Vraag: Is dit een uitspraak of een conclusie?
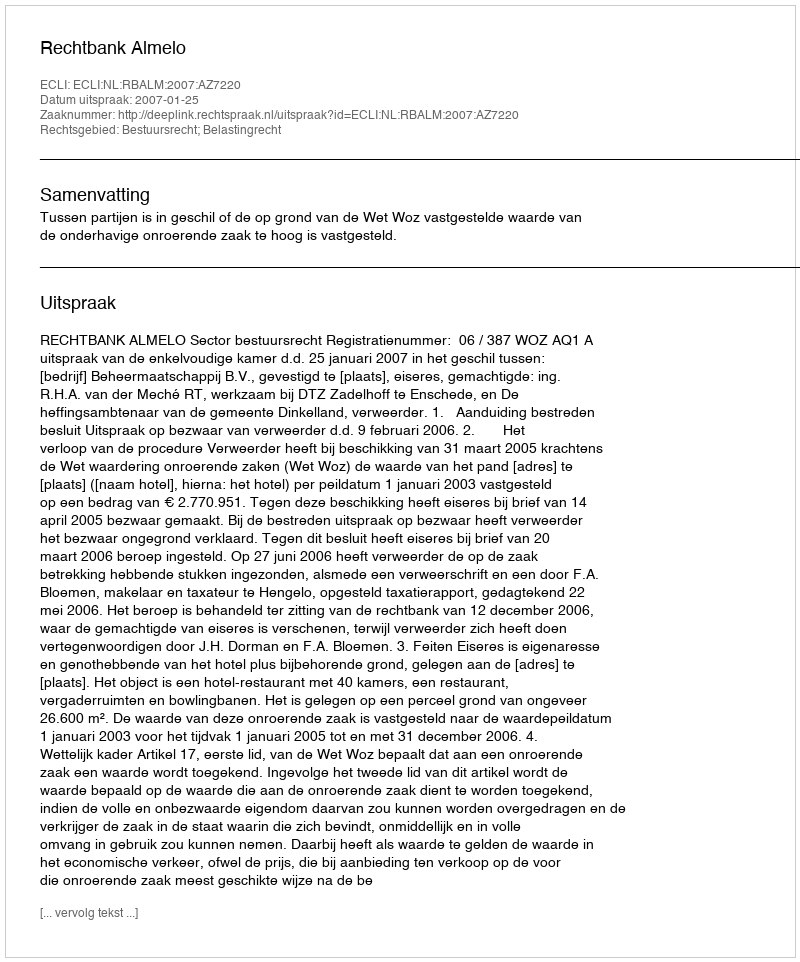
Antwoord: Uitspraak